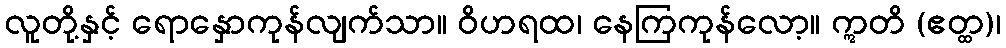
လူတို့နှင့် ရောနှောကုန်လျက်သာ။ ဝိဟရထ၊ နေကြကုန်လော့။ ဣတိ (ဧတ္ထ)၊